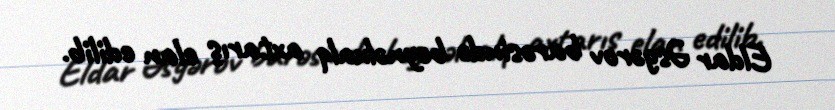
Eldar Əsgərov barəsində beynəlxalq axtarış elan edilib.